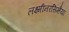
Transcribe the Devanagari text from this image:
लक्ष्मीनरसिम्हैया